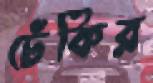
ঢেঁকির